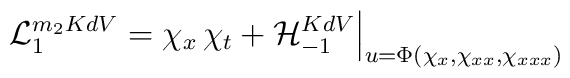
{\cal L}_{1}^{m_2KdV} = \chi_{x} \, \chi_{t} + {\cal H}_{-1}^{KdV}\Big|_{ u = \Phi(\chi_{x}, \chi_{xx},\chi_{xxx} ) }